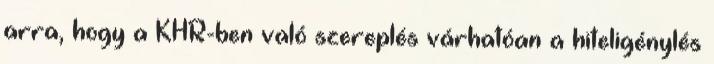
arra, hogy a KHR-ben való szereplés várhatóan a hiteligénylés